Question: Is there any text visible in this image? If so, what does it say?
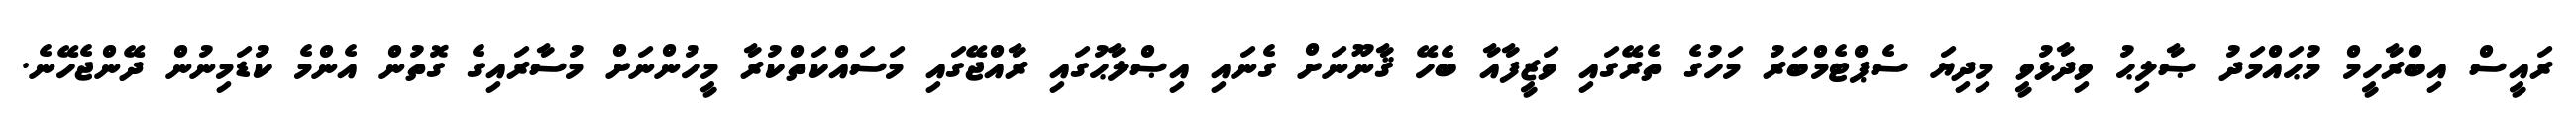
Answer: ރައީސް އިބްރާހީމް މުޙައްމަދު ޞާލިޙު ވިދާޅުވީ މިދިޔަ ސެޕްޓެމްބަރު މަހުގެ ތެރޭގައި ވަޒީފާއާ ބެހޭ ޤާނޫނަށް ގެނައި އިޞްލާޙުގައި ރާއްޖޭގައި މަސައްކަތްކުރާ މީހުންނަށް މުސާރައިގެ ގޮތުން އެންމެ ކުޑަމިނުން ދޭންޖެހޭނެ.